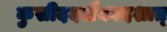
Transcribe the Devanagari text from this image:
कुसीददशैकादशात्